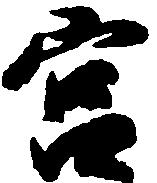
宮